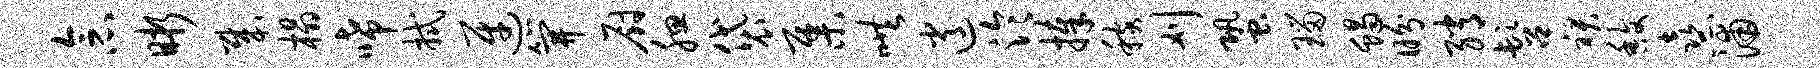
念晰哉榻唏拭迓笄厨腮袋集哄逍泠捧稼刈蛩瑙蝎盼绡髫裙馥熹浦